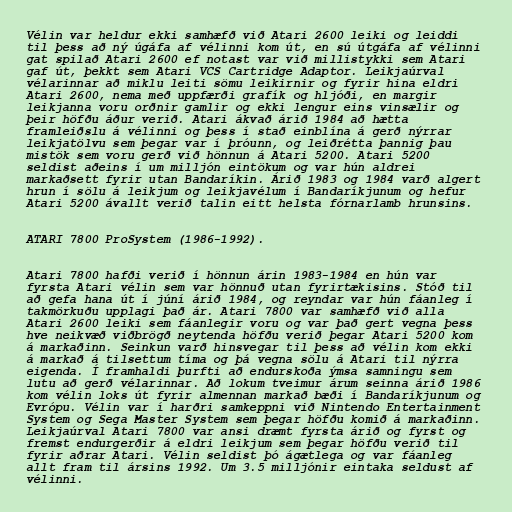
Vélin var heldur ekki samhæfð við Atari 2600 leiki og leiddi
til þess að ný úgáfa af vélinni kom út, en sú útgáfa af vélinni
gat spilað Atari 2600 ef notast var við millistykki sem Atari
gaf út, þekkt sem Atari VCS Cartridge Adaptor. Leikjaúrval
vélarinnar að miklu leiti sömu leikirnir og fyrir hina eldri
Atari 2600, nema með uppfærði grafík og hljóði, en margir
leikjanna voru orðnir gamlir og ekki lengur eins vinsælir og
þeir höfðu áður verið. Atari ákvað árið 1984 að hætta
framleiðslu á vélinni og þess í stað einblína á gerð nýrrar
leikjatölvu sem þegar var í þróunn, og leiðrétta þannig þau
mistök sem voru gerð við hönnun á Atari 5200. Atari 5200
seldist aðeins í um milljón eintökum og var hún aldrei
markaðsett fyrir utan Bandaríkin. Árið 1983 og 1984 varð algert
hrun í sölu á leikjum og leikjavélum í Bandaríkjunum og hefur
Atari 5200 ávallt verið talin eitt helsta fórnarlamb hrunsins.

ATARI 7800 ProSystem (1986-1992).

Atari 7800 hafði verið í hönnun árin 1983-1984 en hún var
fyrsta Atari vélin sem var hönnuð utan fyrirtækisins. Stóð til
að gefa hana út í júní árið 1984, og reyndar var hún fáanleg í
takmörkuðu upplagi það ár. Atari 7800 var samhæfð við alla
Atari 2600 leiki sem fáanlegir voru og var það gert vegna þess
hve neikvæð viðbrögð neytenda höfðu verið þegar Atari 5200 kom
á markaðinn. Seinkun varð hinsvegar til þess að vélin kom ekki
á markað á tilsettum tíma og þá vegna sölu á Atari til nýrra
eigenda. Í framhaldi þurfti að endurskoða ýmsa samningu sem
lutu að gerð vélarinnar. Að lokum tveimur árum seinna árið 1986
kom vélin loks út fyrir almennan markað bæði í Bandaríkjunum og
Evrópu. Vélin var í harðri samkeppni við Nintendo Entertainment
System og Sega Master System sem þegar höfðu komið á markaðinn.
Leikjaúrval Atari 7800 var ansi dræmt fyrsta árið og fyrst og
fremst endurgerðir á eldri leikjum sem þegar höfðu verið til
fyrir aðrar Atari. Vélin seldist þó ágætlega og var fáanleg
allt fram til ársins 1992. Um 3.5 milljónir eintaka seldust af
vélinni.